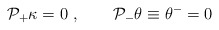
\begin{align*}{\cal P}_{+}\kappa=0 \ , \qquad {\cal P}_{-} \theta \equiv \theta^-=0\end{align*}